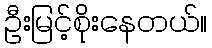
ဦးမြင့်စိုးနေတယ်။